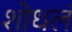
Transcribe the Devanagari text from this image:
शोधलं